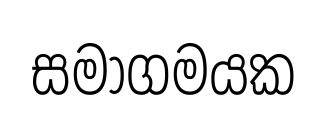
සමාගමයක